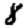
Digit: 8